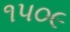
૧૫૦૯